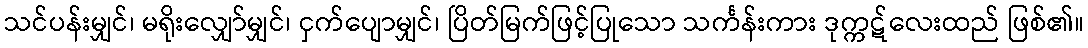
သင်ပန်းမျှင်၊ မရိုးလျှော်မျှင်၊ ငှက်ပျောမျှင်၊ ပြိတ်မြက်ဖြင့်ပြုသော သင်္ကန်းကား ဒုက္ကဋ်လေးထည် ဖြစ်၏။